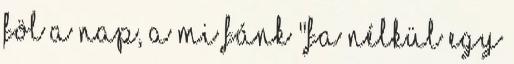
föl a nap, A mi fánk "Fa nélkül egy